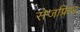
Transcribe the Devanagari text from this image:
सेजफ्रिड